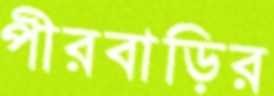
পীরবাড়ির